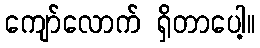
ကျော်လောက် ရှိတာပေါ့။